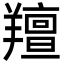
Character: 羶